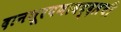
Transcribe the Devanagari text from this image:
दानशूरपणाबद्दलची